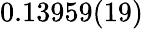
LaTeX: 0.13959(19)